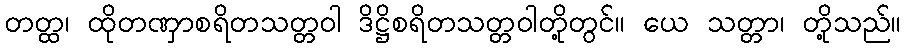
တတ္ထ၊ ထိုတဏှာစရိတသတ္တဝါ ဒိဋ္ဌိစရိတသတ္တဝါတို့တွင်။ ယေ သတ္တာ၊ တို့သည်။